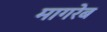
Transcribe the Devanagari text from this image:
मागरेब